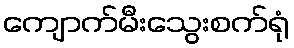
ကျောက်မီးသွေးစက်ရုံ